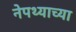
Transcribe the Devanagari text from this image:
नेपथ्याच्या